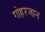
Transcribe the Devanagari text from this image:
गोहरजान